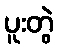
ပူးတွဲ